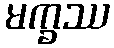
မက္ခဿ